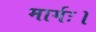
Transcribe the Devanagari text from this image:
मार्गः।